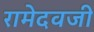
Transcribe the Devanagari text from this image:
रामेदवजी